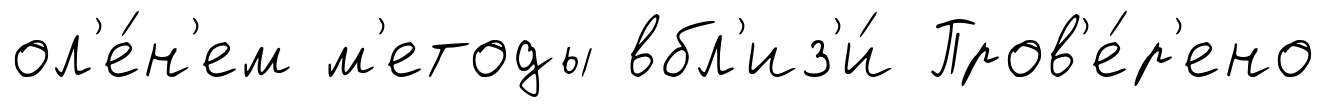
ол'е́н'ем м'етоды вбл'из'и́ Пров'е́р'ено